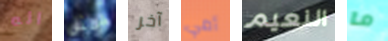
انه مثل آخر أمي النعيم ما